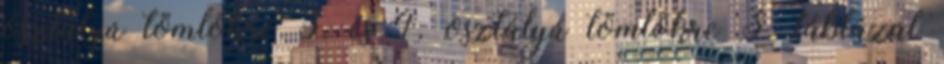
osztályú tömlõkre 3. és 4. osztályú tömlõkre 3. táblázat